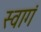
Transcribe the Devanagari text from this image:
स्वागं